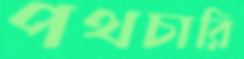
পথচারি